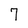
Character: 7